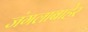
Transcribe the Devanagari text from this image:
जंगलाबाहेर